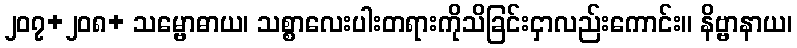
၂၀၇+၂၀၈+ သမ္ဗောဓာယ၊ သစ္စာလေးပါးတရားကိုသိခြင်းငှာလည်းကောင်း။ နိဗ္ဗာနာယ၊